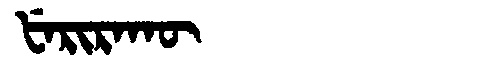
Manchu: ᡶᡝᡵᡳᡵᠠᡴᡡ
Romanization: FERIRAKŪ